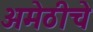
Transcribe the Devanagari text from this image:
अमेठीचे